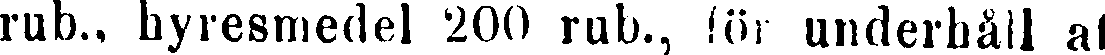
rub., hyresmedel 200 rub., för underhåll al